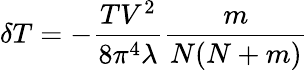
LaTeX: \delta T=-\frac{TV^{2}}{8\pi^{4}\lambda}\frac{m}{N(N+m)}